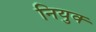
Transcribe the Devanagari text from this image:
नियुक्‍